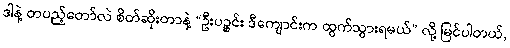
ဒါနဲ့ တပည့်တော်လဲ စိတ်ဆိုးတာနဲ့ “ဦးပဉ္စင်း ဒီကျောင်းက ထွက်သွားရမယ်” လို့ မြင်ပါတယ်,